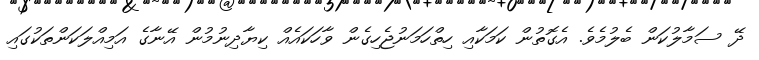
ދޭ ސަމާލުކަން ބެލުމެވެ. އެގޮތުން ކަމަކާއި ހިތްހަމަނުޖެހިގެން ވާހަކައެއް ކިޔާދިނުމުން އޭނާގެ އަމިއްލަކަންތަކުގައި